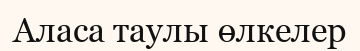
Аласа таулы өлкелер